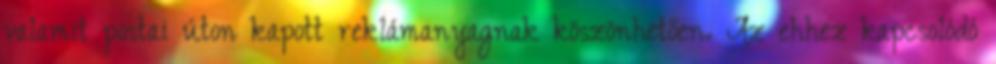
valamit postai úton kapott reklámanyagnak köszönhetően. Az ehhez kapcsolódó